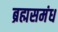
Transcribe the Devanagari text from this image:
ब्रह्मसमंध